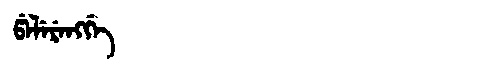
Manchu: ᡦᡝᠯᡝᡵᡝᠩᡤᡝ
Romanization: PELERENGGE